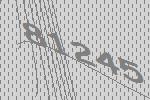
81245